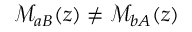
\mathcal { M } _ { a B } ( z ) \ne \mathcal { M } _ { b A } ( z )